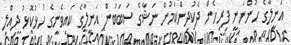
އަނީލާގެ ހުންނަނީ ފިރިހެން ދެކުދިންކަމުން ނަޝާގެ ސަބަބުން އަނީލާގެ ކައިވެނީގެ ހުޅުކޮޅު ދިއްލި